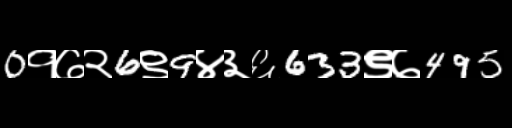
Text: 0१७२6९9४३६633९७495